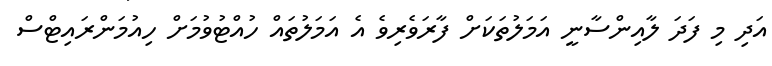
އަދި މި ފަދަ ލާއިންސާނީ އަމަލުތަކަށް ފާރަވެރިވެ އެ އަމަލުތައް ހުއްޓުވުމަށް ހިއުމަންރައިޓްސް